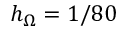
h _ { \Omega } = 1 / 8 0